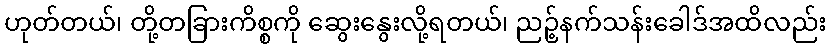
ဟုတ်တယ်၊ တို့တခြားကိစ္စကို ဆွေးနွေးလို့ရတယ်၊ ညဉ့်နက်သန်းခေါဒ်အထိလည်း